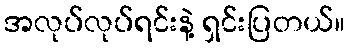
အလုပ်လုပ်ရင်းနဲ့ ရှင်းပြတယ်။